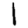
Digit: 1